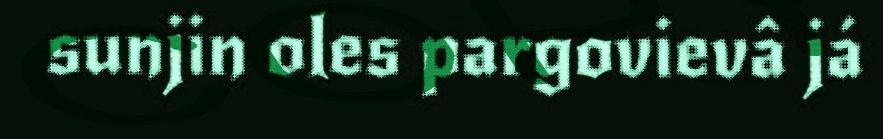
sunjin oles pargovievâ já